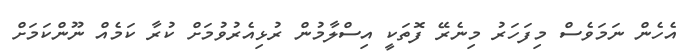
އެހެން ނަމަވެސް މިފަހަރު މިނެރޭ ފޮތަކީ އިސްލާމުން ރުޅިއެރުވުމަށް ކުރާ ކަމެއް ނޫންކަމަށް